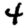
Digit: 4